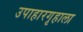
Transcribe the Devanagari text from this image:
उपाहारगृहाला